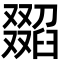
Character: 𦦖